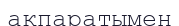
ақпаратымен